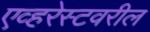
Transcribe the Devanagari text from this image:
एव्हरेस्टवरील